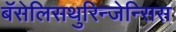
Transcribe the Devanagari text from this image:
बॅसेलिसथुरिन्जेन्सिस